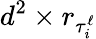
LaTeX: {d^{2}\times r_{\tau_{i}^{\ell}}}